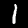
Label: 1